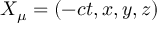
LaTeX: X _ { \mu } = ( - c t , x , y , z )